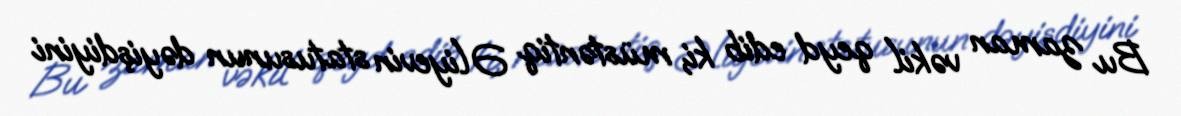
Bu zaman vəkil qeyd edib ki, müstəntiq Əliyevin statusunun dəyişdiyini